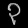
Digit: ၃